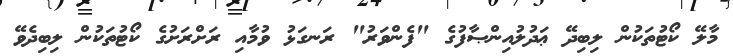
މާލޭ ކޯޓުތަކުން ލިބިދޭ ޢަދުލުއިންޞާފުގެ "ފެންވަރު" ރަނގަޅު ވުމާއި ރަށްރަށުގެ ކޯޓުތަކުން ލިބިދެވޭ